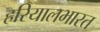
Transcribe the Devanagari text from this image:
हरियालभारत